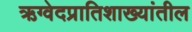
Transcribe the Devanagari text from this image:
ऋग्वेदप्रातिशाख्यांतील